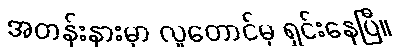
အတန်းနားမှာ လူတောင်မှ ရှင်းနေပြီ။